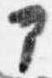
部